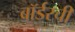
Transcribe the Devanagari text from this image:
बॉर्डरची